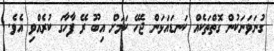
ގުނަވަނަކުން ގޮތްތަކެއް ކަނޑައަޅަން ޖެހޭ ކަމަށް އިބޫ ރޭ ފާހާގަ ކުރެއްވި އެވެ.